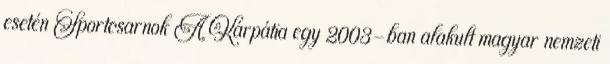
esetén Sportcsarnok A Kárpátia egy 2003-ban alakult magyar nemzeti